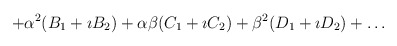
\begin{align*}+ \alpha^2 ( B_1 + \imath B_2) + \alpha\beta (C_1 + \imath C_2) +\beta^2 (D_1 + \imath D_2) + \ldots\end{align*}